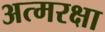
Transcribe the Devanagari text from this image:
अत्मरक्षा